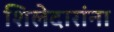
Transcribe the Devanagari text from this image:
शिलेदारांना